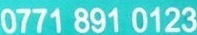
0750 891 0123